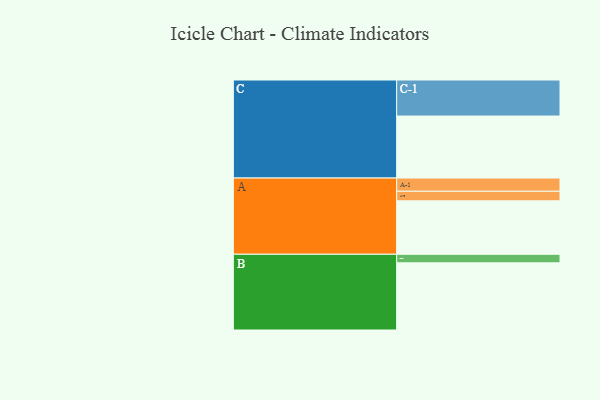
{"axis": {"x": "Segment", "y": "Value"}, "legend": ["", "A", "B", "C"], "data": [{"x": "A", "y": 424, "type": ""}, {"x": "B", "y": 533, "type": ""}, {"x": "C", "y": 492, "type": ""}, {"x": "A-1", "y": 105, "type": "A"}, {"x": "A-2", "y": 76, "type": "A"}, {"x": "B-1", "y": 68, "type": "B"}, {"x": "C-1", "y": 286, "type": "C"}]}